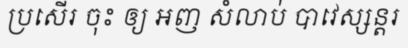
ប្រសើរ ចុះ ឲ្យ អញ សំលាប់ បាវេស្សន្តរ